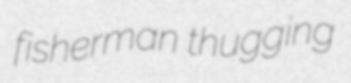
fisherman thugging